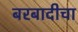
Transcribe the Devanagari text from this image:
बरबादीचा